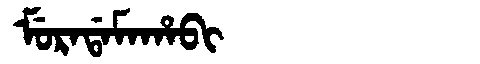
Manchu: ᠮᡠᡵᠠᡩᠠᠮᠠᡥᠠᠪᡳ
Romanization: MURADAMAHABI